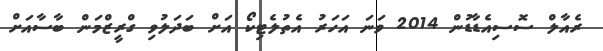
ރެއާލް ސޮސިއެޑާޑުން 2014 ވަނަ އަހަރު އެތުލެޓިކޯ އަށް ބަދަލުވި ގްރީޒްމަން ބާސާއަށް